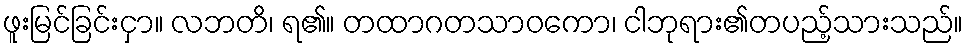
ဖူးမြင်ခြင်းငှာ။ လဘတိ၊ ရ၏။ တထာဂတသာဝကော၊ ငါဘုရား၏တပည့်သားသည်။